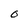
Character: O